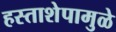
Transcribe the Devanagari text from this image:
हस्ताशेपामुळे